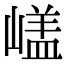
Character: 𡻘